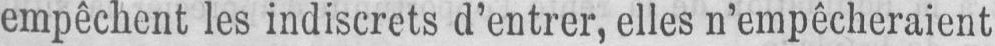
empêchent les indiscrets d’entrer, elles n’empêcheraient